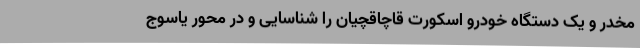
مخدر و یک دستگاه خودرو اسکورت قاچاقچیان را شناسایی و در محور یاسوج